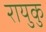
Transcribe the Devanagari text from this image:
रायुकु